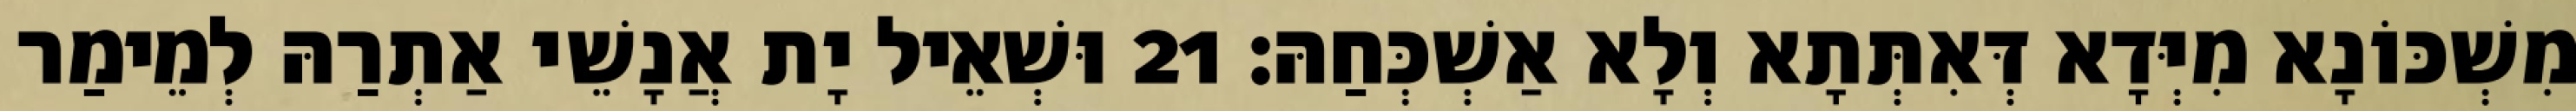
מִשְׁכּוֹנָא מִיְּדָא דְּאִתְּתָא וְלָא אַשְׁכְּחַהּ׃ 21 וּשְׁאֵיל יָת אֲנָשֵׁי אַתְרַהּ לְמֵימַר